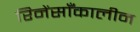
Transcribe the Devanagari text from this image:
रिनेंसाँकालीन